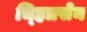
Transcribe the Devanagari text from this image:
च्हित्रसेन